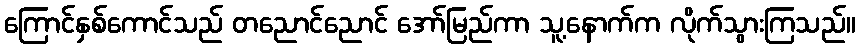
ကြောင်နှစ်ကောင်သည် တညောင်ညောင် အော်မြည်ကာ သူ့နောက်က လိုက်သွားကြသည်။